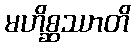
မဟိစ္ဆဿာတိ